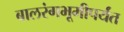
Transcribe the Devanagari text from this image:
बालरंगभूमीपर्यंत